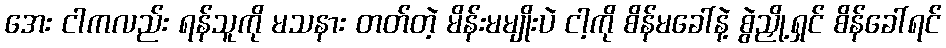
အေး ငါကလည်း ရန်သူကို မသနား တတ်တဲ့ မိန်းမမျိုးပဲ ငါ့ကို စိန်မခေါ်နဲ့ စွဲညှို့ရှင် စိန်ခေါ်ရင်